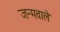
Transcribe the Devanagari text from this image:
जन्मवाले